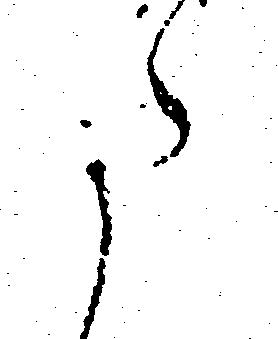
た